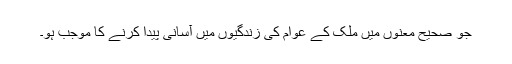
جو صحیح معنوں میں ملک کے عوام کی زندگیوں میں آسانی پیدا کرنے کا موجب ہو۔